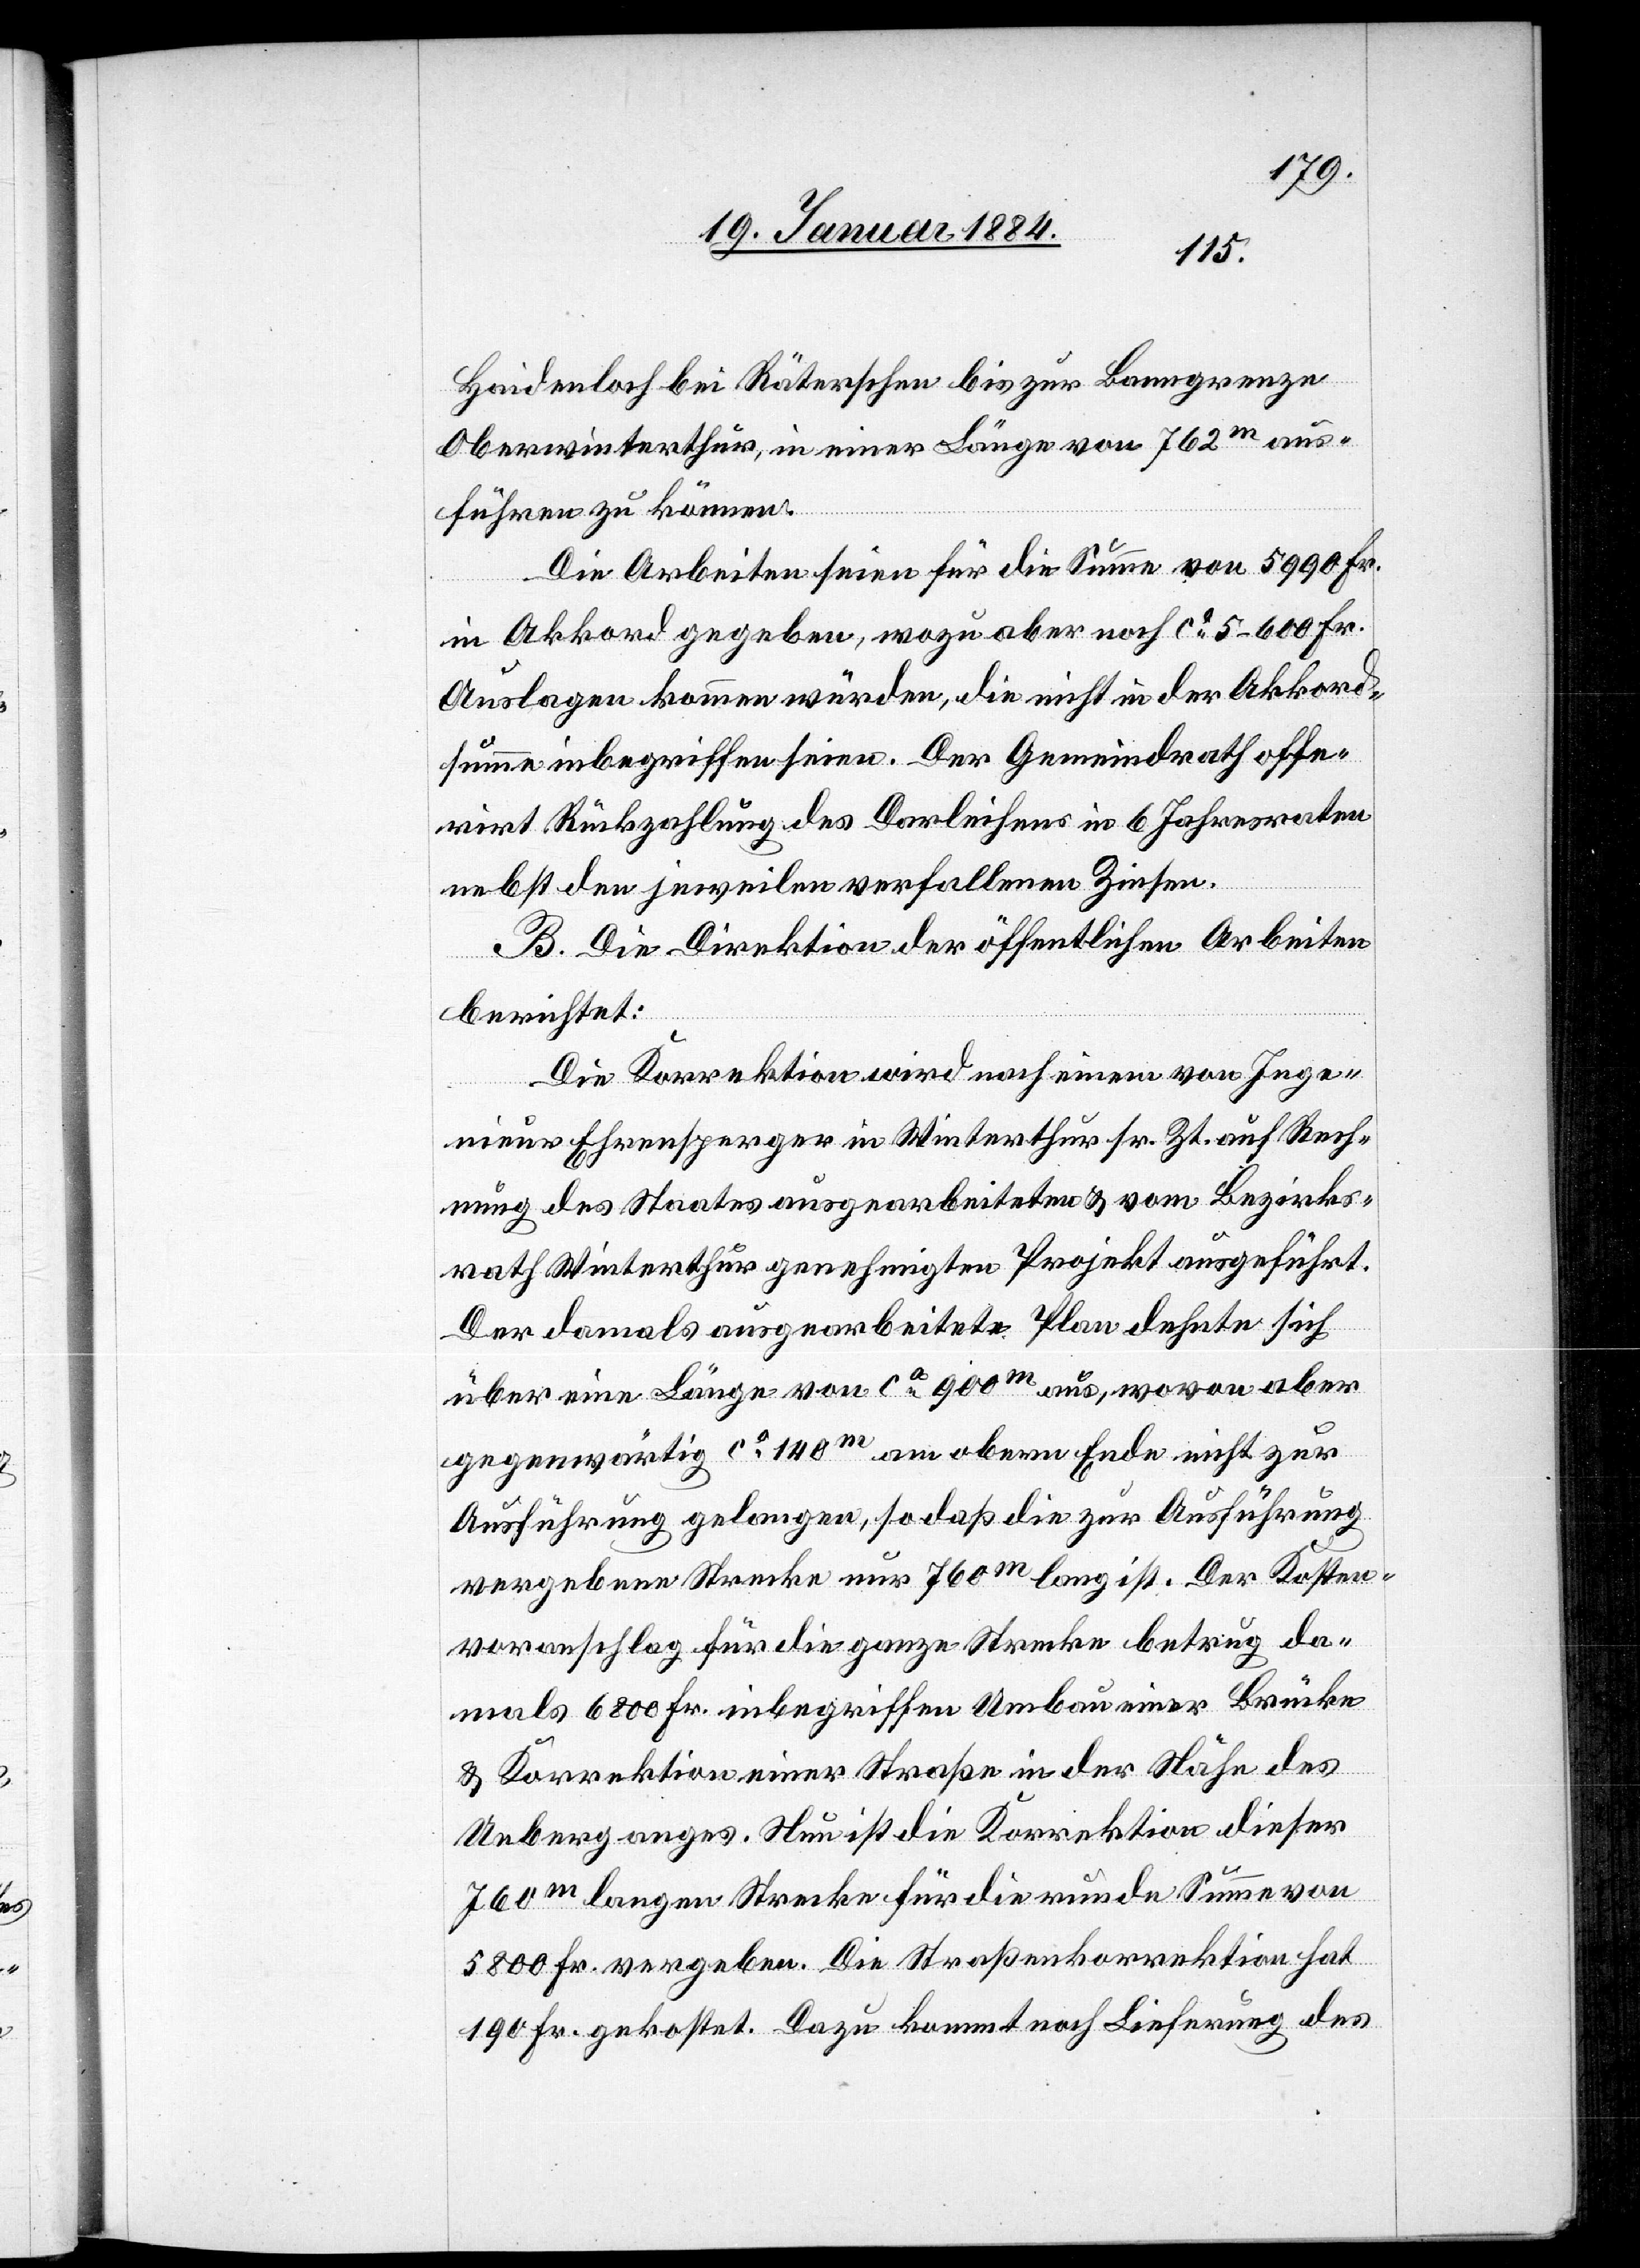
Haidenloch bei Räterschen bis zur Banngrenze
Oberwinterthur, in einer Länge von 762m aus¬
führen zu können.
Die Arbeiten seien für die Summe von 5990 Fr.
in Akkord gegeben, wozu aber noch ca 5–600 Fr.
Auslagen kommen würden, die nicht in der Akkord¬
summe inbegriffen seien. Der Gemeindrath offe¬
rirt Rückzahlung des Darleihens in 6 Jahresraten
nebst den jeweilen verfallenen Zinsen.
B. Die Direktion der öffentlichen Arbeiten
berichtet:
Die Korrektion wird nach einem von Inge¬
nieur Ehrensperger in Winterthur sr. Zt. auf Rech¬
nung des Staates ausgearbeiteten & vom Bezirks¬
rath Winterthur genehmigten Projekt ausgeführt.
Der damals ausgearbeitete Plan dehnte sich
über eine Länge von ca 900m aus, wovon aber
gegenwärtig ca 140m am obern Ende nicht zur
Ausführung gelangen, so daß die zur Ausführung
ergebenen Strecke nur 760m lang ist. Der Kosten¬
voranschlag für die ganze Strecke betrug da¬
mals 6800 Fr. inbegriffen Umbau einer Brücke
& Korrektion einer Straße in der Nähe des
Ueberganges. Nun ist die Korrektion dieser
760m langen Strecke für die runde Summe von
5800 Fr. vergeben. Die Straßenkorrektion hat
190 Fr. gekostet. Dazu kommt noch Lieferung des